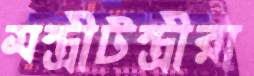
মন্ত্রীটন্ত্রীরা